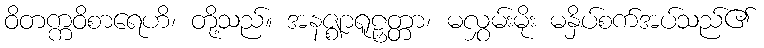
ဝိတက္ကဝိစာရေဟိ၊ တို့သည်။ အနဇ္ဈာရူဠှတ္တာ၊ မလွှမ်းမိုး မနှိပ်စက်အပ်သည်၏